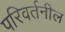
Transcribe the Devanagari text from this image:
परिवर्तनील